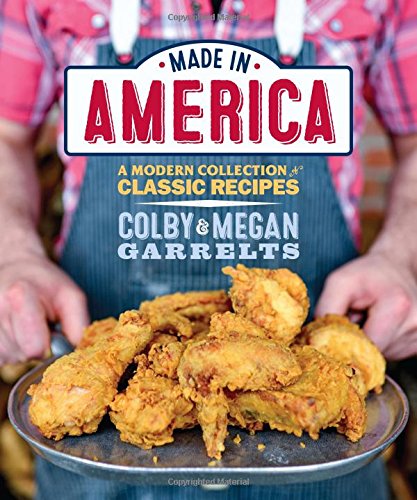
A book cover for Made in America: A Modern Collection of Classic Recipes; Megan Garrelts; Cookbooks, Food & Wine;